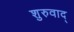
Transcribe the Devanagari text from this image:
शुरुवाद्